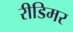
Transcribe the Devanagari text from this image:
रीडिमर